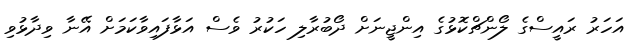
އަހަރު ރައީސްގެ ލޯންޗްކޮޅުގެ އިންޖީނަށް ދޯބުރާލި ހަކުރު ވެސް އަޅާފައިވާކަމަށް އޭނާ ވިދާޅުވި